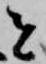
者